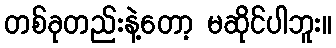
တစ်ခုတည်းနဲ့တော့ မဆိုင်ပါဘူး။